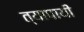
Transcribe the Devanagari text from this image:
त्यापायी